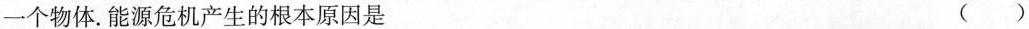
一种形式，或者从一个物体转移到另一个物体。能源危机产生的根本原因是 ( )